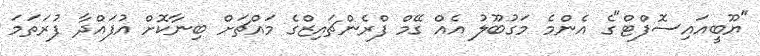
"ޔޫބީއައިސޮފްޓް"ގެ އެންމެ މަގުބޫލު އެއް ގޭމް ފްރެންޗައިޒްގެ މައްޗަށް ބިނާކޮށް އުފައްދާ ފުރަތަމަ